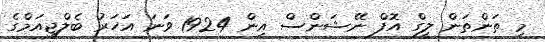
މި ތަންތަން ލީގް އޮފް ނޭޝަންސް އިން 1924 ވަނަ އަހަރު ބެލްޖިއަމްގެ